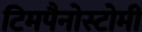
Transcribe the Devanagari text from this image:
टिमपैनोस्टोमी